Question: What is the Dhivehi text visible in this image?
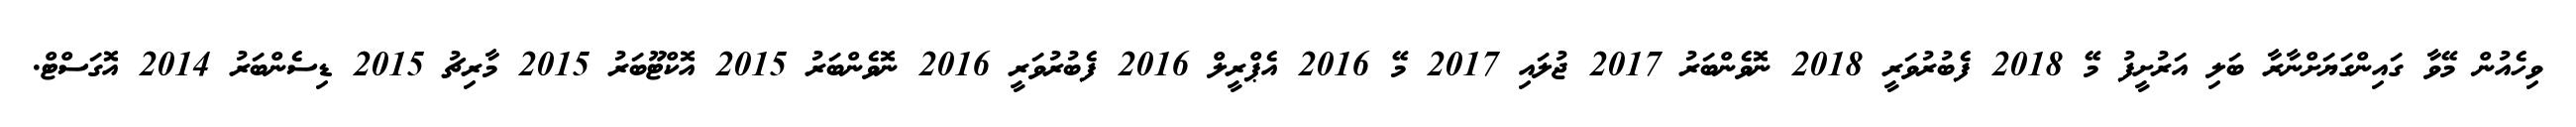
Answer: ވިހެއުން މޭވާ ގައިންގަޔަށްނާރާ ބަލި އަރުށީފު މޭ 2018 ފެބުރުވަރީ 2018 ނޮވެންބަރު 2017 ޖުލައި 2017 މޭ 2016 އެޕްރީލް 2016 ފެބުރުވަރީ 2016 ނޮވެންބަރު 2015 އޮކްޓޫބަރު 2015 މާރިޗު 2015 ޑިސެންބަރު 2014 އޮގަސްޓް.